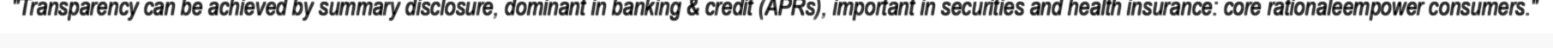
"Transparency can be achieved by summary disclosure, dominant in banking & credit (APRs), important in securities and health insurance: core rationaleempower consumers."